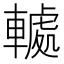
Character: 𮝤